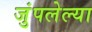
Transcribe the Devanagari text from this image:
जुंपलेल्या